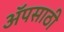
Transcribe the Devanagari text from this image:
अॅपसाठी